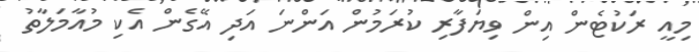
މިއީ ރަކުޓެން އިން ވިޔަފާރި ކުރަމުން އަންނަ އަދި އޭގެން އެކި މުއާމަލާތު